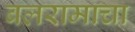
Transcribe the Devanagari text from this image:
बलरामाचा